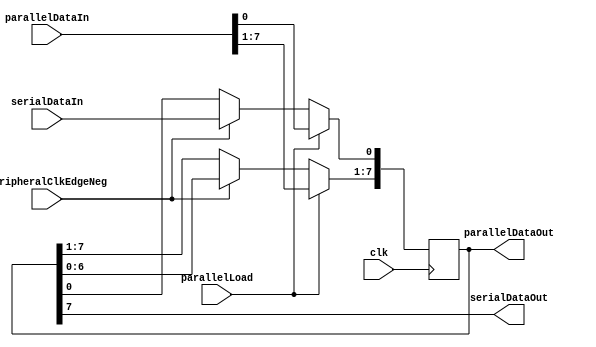
module shiftregister(clk, peripheralClkEdgeNeg, parallelLoad, parallelDataIn, serialDataIn, parallelDataOut, serialDataOut);
parameter width = 8;
input               clk; // fpga clock
input               peripheralClkEdgeNeg; // falling edge clock signal from the other guy
input               parallelLoad; // which mode are we in? S in P out or P in S out. Set by button zero on the FPGA.
output[width-1:0]   parallelDataOut; // return the entire shift register.
output              serialDataOut; // the next bit of output data (serial). Set on the falling edge of the communication clock.
input[width-1:0]    parallelDataIn; // grab a fixed value, load into shift register. (0xA5)
input               serialDataIn; // the next bit of input data (serial). read on the rising edge of the communication clock

reg[width-1:0]      shiftregistermem;

assign serialDataOut = shiftregistermem[width-1];
assign parallelDataOut = shiftregistermem;

always @(posedge clk) begin
	if (parallelLoad) begin
		shiftregistermem <= parallelDataIn;
	end
	else if (peripheralClkEdgeNeg) begin // this one loses if both happen at the same time.
		shiftregistermem <= shiftregistermem << 1;
		shiftregistermem[0] <= serialDataIn;
	end
end
endmodule


module shiftregister_breakable(clk, peripheralClkEdgeNeg, parallelLoad, parallelDataIn, serialDataIn, parallelDataOut, serialDataOut, faultactive);
parameter width = 8;
input               clk; // fpga clock
input               peripheralClkEdgeNeg; // falling edge clock signal from the other guy
input               parallelLoad; // which mode are we in? S in P out or P in S out. Set by button zero on the FPGA.
output[width-1:0]   parallelDataOut; // return the entire shift register.
output              serialDataOut; // the next bit of output data (serial). Set on the falling edge of the communication clock.
input[width-1:0]    parallelDataIn; // grab a fixed value, load into shift register. (0xA5)
input               serialDataIn; // the next bit of input data (serial). read on the rising edge of the communication clock
input				faultactive;

reg[width-1:0]      shiftregistermem;

assign serialDataOut = shiftregistermem[width-1];
assign parallelDataOut = shiftregistermem;

always @(posedge clk) begin
	if (parallelLoad) begin
		shiftregistermem <= parallelDataIn;
	end
	else if (peripheralClkEdgeNeg) begin // this one loses if both happen at the same time.
		shiftregistermem <= shiftregistermem << 1;
		shiftregistermem[0] <= serialDataIn;
	end
end
endmodule


module testshiftregister;
reg             clk;
reg             peripheralClkEdge;
reg             parallelLoad;
wire[7:0]       parallelDataOut;
wire            serialDataOut;
reg[7:0]        parallelDataIn;
reg             serialDataIn; 

// Instantiate with parameter width = 8
shiftregister #(8) sr(clk, peripheralClkEdge, parallelLoad, parallelDataIn, serialDataIn, parallelDataOut, serialDataOut);

initial clk=0;
always #10 clk = !clk;

initial begin
$display("Parallel Data Out | What operation did we just do??"); // header
#10 serialDataIn = 1;
#80 peripheralClkEdge = 1; #20 peripheralClkEdge = 0;
$display("     %b     | Shift in a 1", parallelDataOut);
#40 peripheralClkEdge = 1; #20 peripheralClkEdge = 0; // load two ones
$display("     %b     | Shift in a 1", parallelDataOut);
#60 serialDataIn = 0;
#60 peripheralClkEdge = 1; #20 peripheralClkEdge = 0;
$display("     %b     | Shift in a 0", parallelDataOut);
#40 peripheralClkEdge = 1; #20 peripheralClkEdge = 0; // load two zeros
$display("     %b     | Shift in a 0", parallelDataOut);
#100 serialDataIn = 1;
#40 peripheralClkEdge = 1; #20 peripheralClkEdge = 0;
$display("     %b     | Shift in a 1", parallelDataOut);
#40 peripheralClkEdge = 1; #20 peripheralClkEdge = 0; 
$display("     %b     | Shift in a 1", parallelDataOut);
#40 peripheralClkEdge = 1; #20 peripheralClkEdge = 0;
$display("     %b     | Shift in a 1", parallelDataOut);
#40 peripheralClkEdge = 1; #20 peripheralClkEdge = 0;
$display("     %b     | Shift in a 1", parallelDataOut);
#40 peripheralClkEdge = 1; #20 peripheralClkEdge = 0; // load five ones. this will cause a one to come out of serialDataOut.
$display("     %b     | Shift in a 1", parallelDataOut);
#80 parallelDataIn = 0;
#40 parallelLoad = 1; #20 parallelLoad = 0; // load parallel data, all zeros
$display("     %b     | parallel load a 0", parallelDataOut);
#100 parallelDataIn = 8'b10101010;
#40 parallelLoad = 1; #20 parallelLoad = 0; // load parallel data
$display("     %b     | parallel load 10101010", parallelDataOut);
#80 serialDataIn = 0;
#40 peripheralClkEdge = 1; #20 peripheralClkEdge = 0; // clock in one more zero, a 1 should come out of serialDataOut.
$display("     %b     | Shift in a 0", parallelDataOut);

end

endmodule